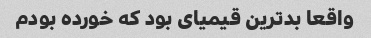
واقعا بدترین قیمیای بود که خورده بودم